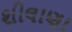
શીલાણા